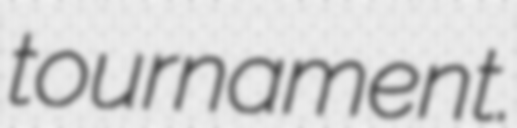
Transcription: tournament.